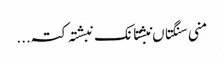
منی سنگتاں نبشتانک نبشتہ کتہ ...